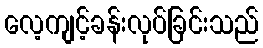
လေ့ကျင့်ခန်းလုပ်ခြင်းသည်